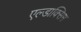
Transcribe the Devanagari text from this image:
एल्डाक्सिम